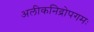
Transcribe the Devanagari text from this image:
अलीकनिद्रोपगमः